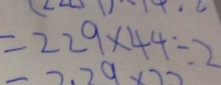
= 2 2 9 \times 4 4 \div 2